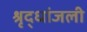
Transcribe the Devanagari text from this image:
श्रृद्धांजली